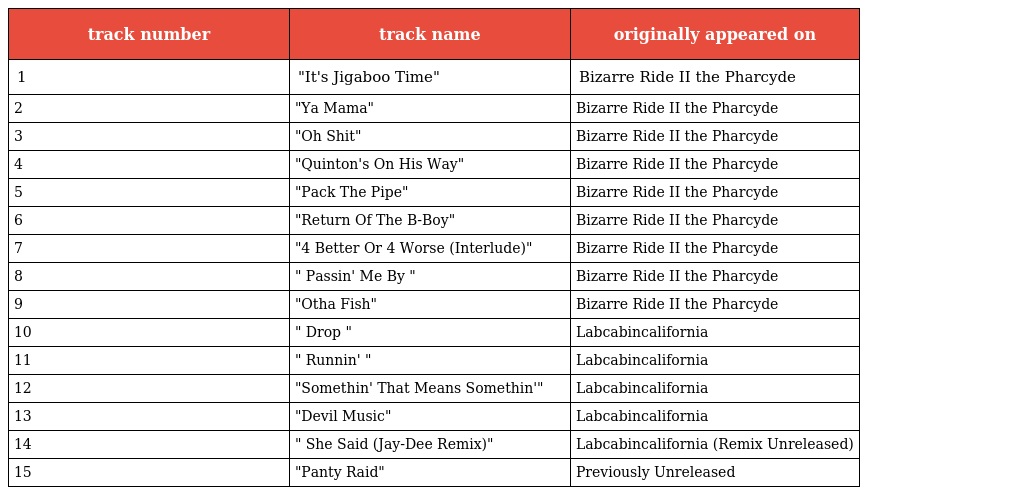
| track number | track name | originally appeared on |
 | --- | --- | --- |
 | 1 | "It's Jigaboo Time" | Bizarre Ride II the Pharcyde |
 | 2 | "Ya Mama" | Bizarre Ride II the Pharcyde |
 | 3 | "Oh Shit" | Bizarre Ride II the Pharcyde |
 | 4 | "Quinton's On His Way" | Bizarre Ride II the Pharcyde |
 | 5 | "Pack The Pipe" | Bizarre Ride II the Pharcyde |
 | 6 | "Return Of The B-Boy" | Bizarre Ride II the Pharcyde |
 | 7 | "4 Better Or 4 Worse (Interlude)" | Bizarre Ride II the Pharcyde |
 | 8 | " Passin' Me By " | Bizarre Ride II the Pharcyde |
 | 9 | "Otha Fish" | Bizarre Ride II the Pharcyde |
 | 10 | " Drop " | Labcabincalifornia |
 | 11 | " Runnin' " | Labcabincalifornia |
 | 12 | "Somethin' That Means Somethin'" | Labcabincalifornia |
 | 13 | "Devil Music" | Labcabincalifornia |
 | 14 | " She Said (Jay-Dee Remix)" | Labcabincalifornia (Remix Unreleased) |
 | 15 | "Panty Raid" | Previously Unreleased |